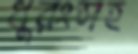
ধুরংসহ